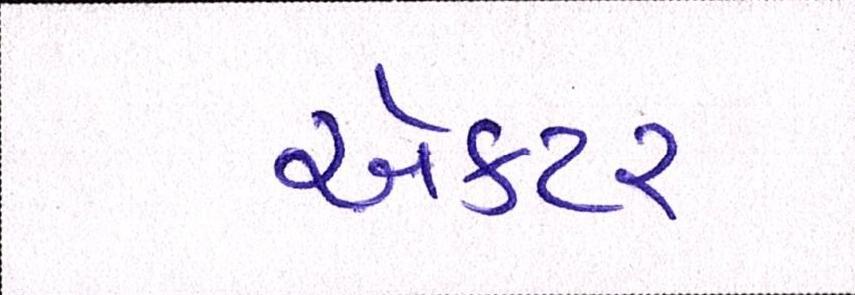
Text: ઍક્ટર